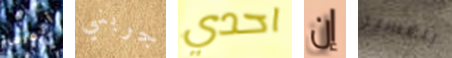
أتعرض جربني احدي إن بتفسير